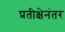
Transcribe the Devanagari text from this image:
प्रतीक्षेनंतर